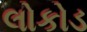
લોકોડ